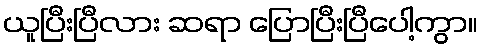
ယူပြီးပြီလား ဆရာ ပြောပြီးပြီပေါ့ကွာ။